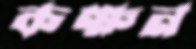
কক্ষন